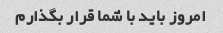
امروز باید با شما قرار بگذارم